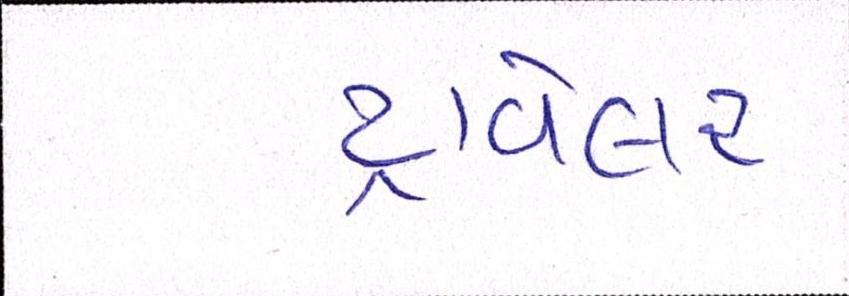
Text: ટ્રાવેલર